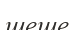
шеше